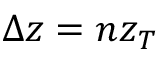
\Delta z = n z _ { T }